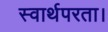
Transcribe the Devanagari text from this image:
स्वार्थपरता।